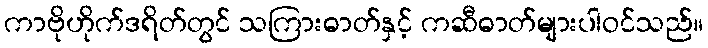
ကာဗိုဟိုက်ဒရိတ်တွင် သကြားဓာတ်နှင့် ကဆီဓာတ်များပါဝင်သည်။